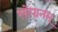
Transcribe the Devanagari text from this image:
सोपानम्